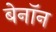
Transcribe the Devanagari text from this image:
बेनॉन